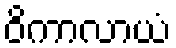
ဝိကာလာယံ